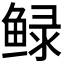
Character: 𮬠